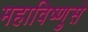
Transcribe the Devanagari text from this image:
महाविष्णुसे